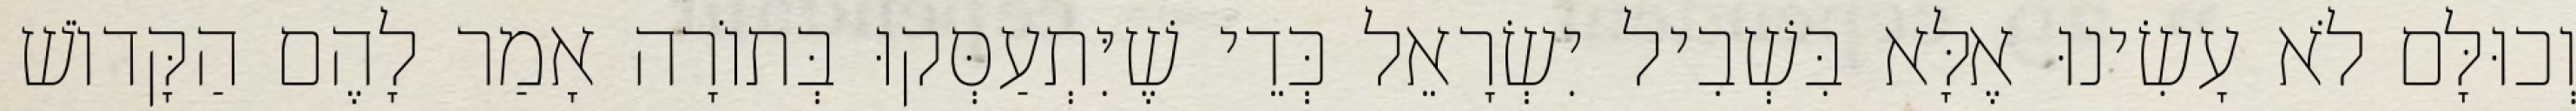
וְכוּלָּם לֹא עָשִׂינוּ אֶלָּא בִּשְׁבִיל יִשְׂרָאֵל כְּדֵי שֶׁיִּתְעַסְּקוּ בְּתוֹרָה אָמַר לָהֶם הַקָּדוֹשׁ